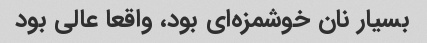
بسیار نان خوشمزه‌ای بود، واقعا عالی بود